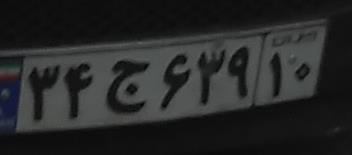
۳۴ج۶۳۹۱۰